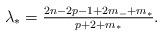
LaTeX: \begin{align*}\lambda_*=\tfrac{2n-2p-1+2m_-+m_*}{p+2+m_*}.\end{align*}